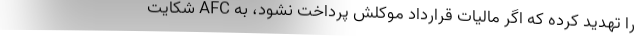
را تهدید کرده که اگر مالیات قرارداد موکلش پرداخت نشود، به AFC شکایت